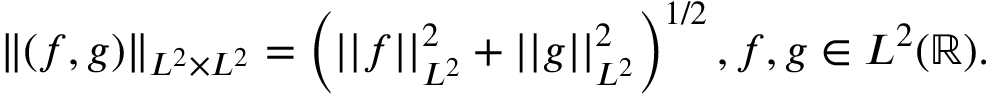
\left\| ( f , g ) \right\| _ { L ^ { 2 } \times L ^ { 2 } } = \left( | | f | | _ { L ^ { 2 } } ^ { 2 } + | | g | | _ { L ^ { 2 } } ^ { 2 } \right) ^ { 1 / 2 } , f , g \in L ^ { 2 } ( \mathbb { R } ) .